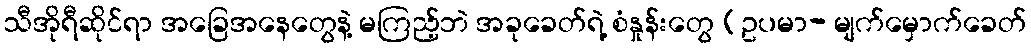
သီအိုရီဆိုင်ရာ အခြေအနေတွေနဲ့ မကြည့်ဘဲ အခုခေတ်ရဲ့ စံနှုန်းတွေ (ဥပမာ- မျက်မှောက်ခေတ်